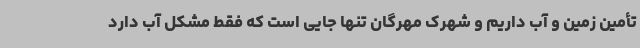
تأمین زمین و آب داریم و شهرک مهرگان تنها جایی است که فقط مشکل آب دارد